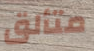
متألق